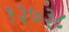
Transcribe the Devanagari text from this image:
१३७३८